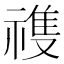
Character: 𬓏